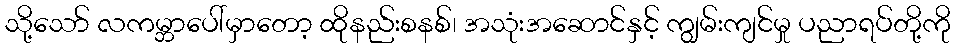
သို့သော် လကမ္ဘာပေါ်မှာတော့ ထိုနည်းစနစ်၊ အသုံးအဆောင်နှင့် ကျွမ်းကျင်မှု ပညာရပ်တို့ကို